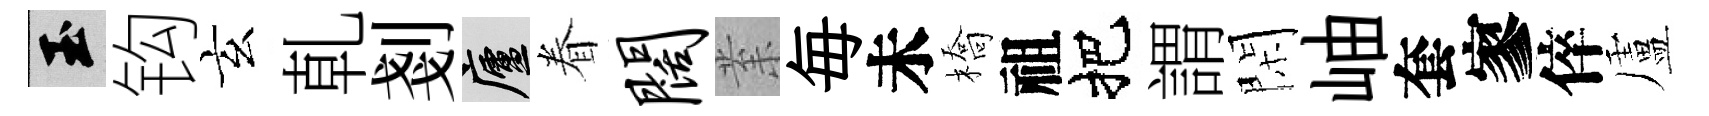
玉钩玄乹剗廬眷阔𭪙毎未橋祖把謂閑岫套寥倅盧